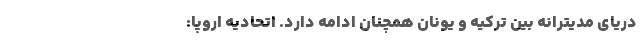
دریای مدیترانه بین ترکیه و یونان همچنان ادامه دارد. اتحادیه اروپا: